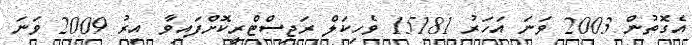
އެގޮތުން 2003 ވަނަ އަހަރު 15181 ވެހިކަލް ރަޖިސްޓްރީކޮށްފައިވާ އިރު 2009 ވަނަ